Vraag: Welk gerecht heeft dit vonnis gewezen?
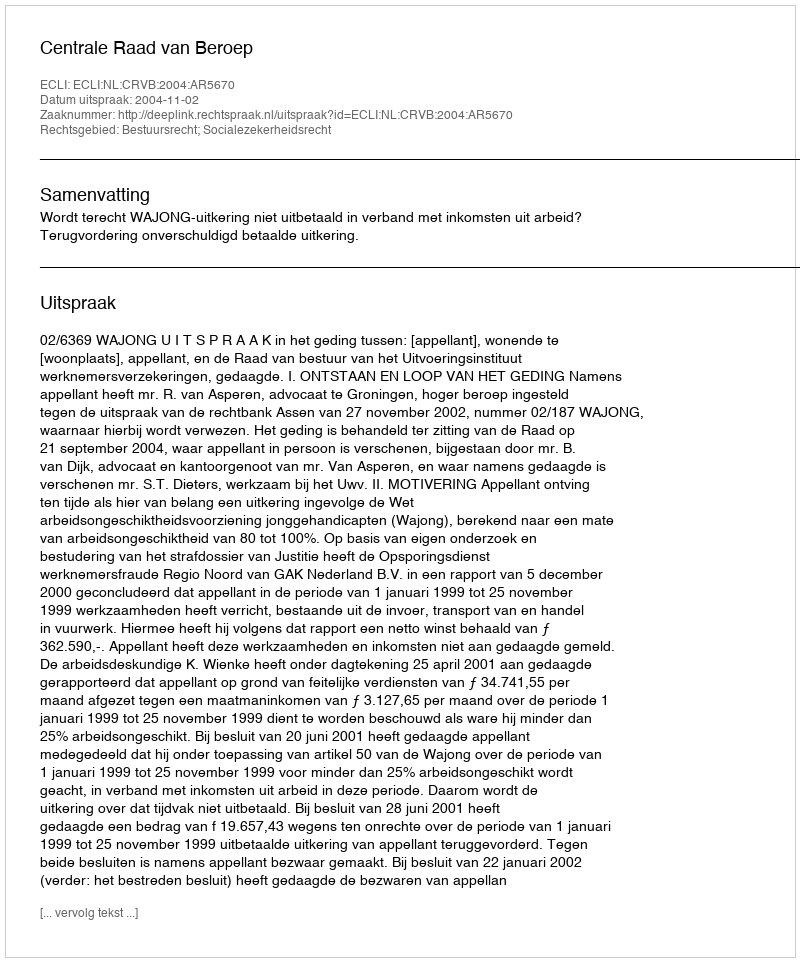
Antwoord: Centrale Raad van Beroep